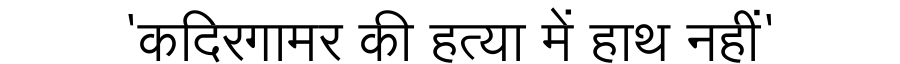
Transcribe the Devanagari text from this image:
'कदिरगामर की हत्या में हाथ नहीं'